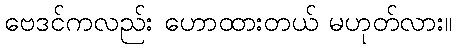
ဗေဒင်ကလည်း ဟောထားတယ် မဟုတ်လား။